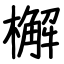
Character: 檞